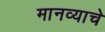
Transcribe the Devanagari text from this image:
मानव्याचे